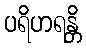
ပရိဟရန္တိ